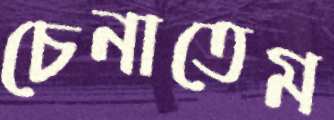
চেনাতেম